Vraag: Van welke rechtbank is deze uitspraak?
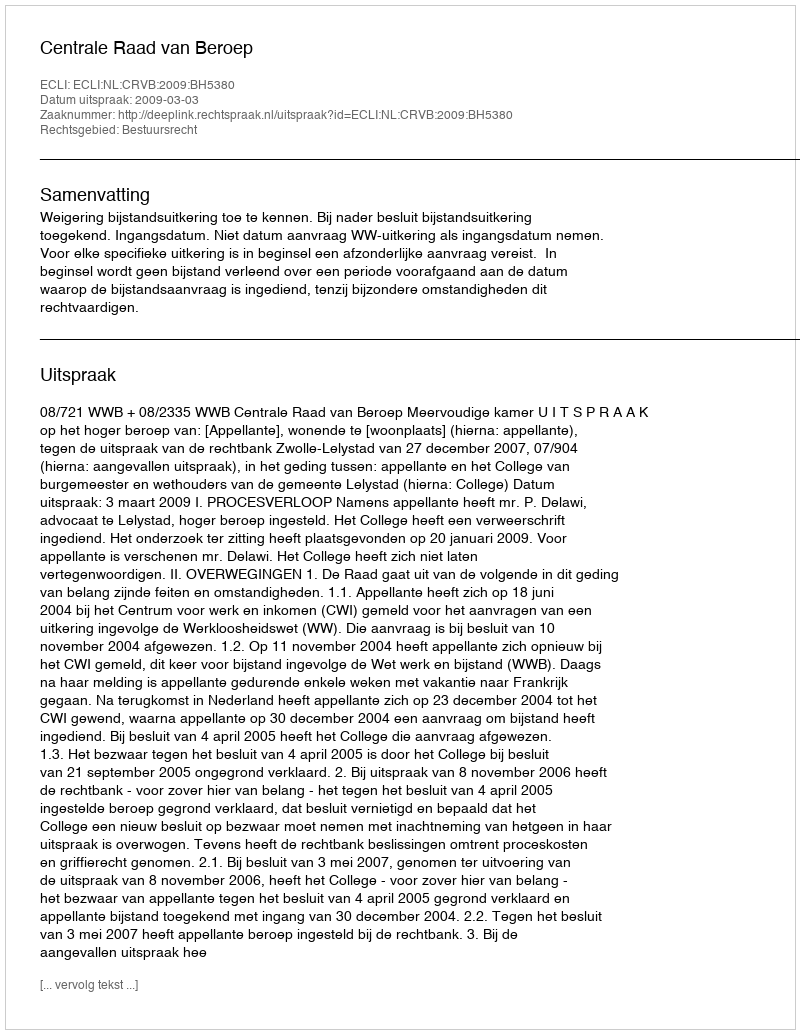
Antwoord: Centrale Raad van Beroep